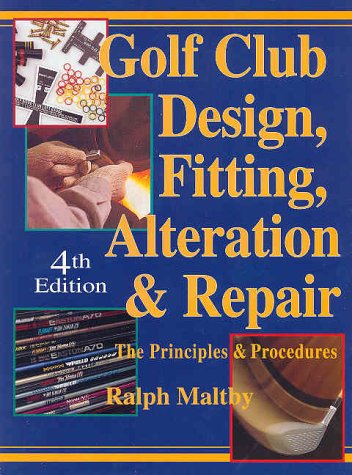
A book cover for Golf Club Design, Fitting, Alteration and Repair: The Principles and Procedures; Ralph D. Maltby; Sports & Outdoors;